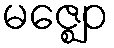
မဇ္ဈေဝ